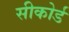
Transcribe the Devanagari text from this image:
सीकोर्ड